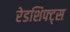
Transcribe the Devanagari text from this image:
रेडशिफ्ट्स